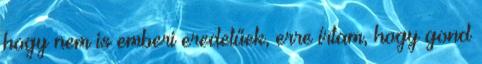
hogy nem is emberi eredetűek, erre írtam, hogy gond